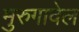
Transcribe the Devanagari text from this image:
मुरुगावेल